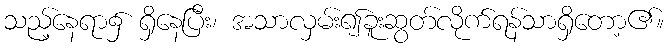
သည့်နေရာ၌ ရှိနေပြီး၊ အသာလှမ်း၍ခူးဆွတ်လိုက်ရန်သာရှိတော့၏။